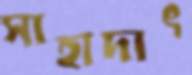
সাহাদাৎ